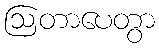
ဩတာပေတွာ